system: You are a helpful assistant.
user:
Analyze the provided spectrum to determine if it is a **M-type Giant (gM)**.

A M-type Giant spectrum is defined by its **strong molecular absorption** features, particularly from **Titanium Oxide (TiO)**. You must check for one of the following mutually exclusive signatures:

- **Key Visual Indicators (Absorption-Dominated Spectrum):**

    - **(Primary):** The spectrum is dominated by strong molecular absorption from **Titanium Oxide (TiO)**. This is the **defining feature** of its M-type temperature class.
        - **(Key Bandheads):** Look for sharp, "saw-tooth" absorption valleys. The strongest are located near **~7050 Å**, **~6160 Å**, and **~5170 Å**.
        - **(Line Profile):** The "saw-tooth" morphology is critical: a **sharp, steep drop on the BLUE (short-wavelength) side** of the bandhead, followed by a gradual recovery (rising flux) towards the RED (long-wavelength) side.

    - **(Key Confirmation - Giant vs. Dwarf):** **ABSENCE** of strong **Calcium Hydride (CaH)** molecular bands. This is the primary diagnostic for *excluding* M-dwarfs.
        - **(Key Region):** The spectrum should lack the strong, broad absorption band seen in dwarfs between **~6800 Å and ~7000 Å**.

    - **(Secondary Confirmation - Giant):** A very strong and broad **Neutral Calcium (Ca I)** atomic absorption line.
        - **(Key Line):** Located at **~4226 Å**. In a giant (gM), this line is significantly deeper and broader than the same line in an M-dwarf (dM) due to low surface gravity.

    - **(Overall Spectrum):**
        - The continuum is **extremely red-sloping** (i.e., flux is very low in the blue and rises dramatically towards the red).
        - The entire spectrum appears "chopped up" by the deep TiO bands.

Think first, call **spectral_visualization_tool** if needed to examine features in detail, then provide your final answer. Your response must adhere to the following strict rules:
1.  **Overall Structure:** Your response must follow the format `<think>...</think> <tool_call>...</tool_call> (if a tool is used) <answer>...</answer>`.
2.  **Tool Usage Constraint:** You may only make **one** tool call per turn.
3.  **Final Answer Format:** In the `<answer>` tag, your conclusion must be inside a `\boxed{}` command (e.g., `\boxed{YES}` or `\boxed{NO}`), followed by your justification.

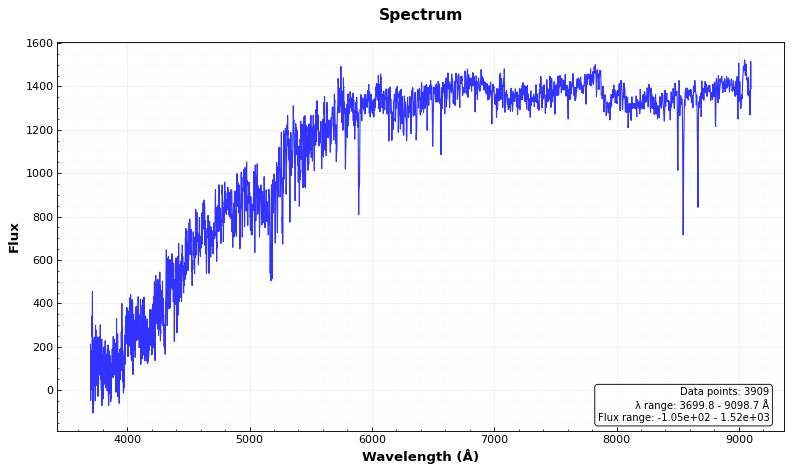
Answer: NO